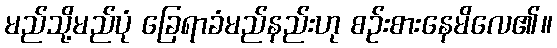
မည်သို့မည်ပုံ ခြေရာခံမည်နည်းဟု စဉ်းစားနေမိလေ၏။